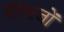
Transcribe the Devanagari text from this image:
दरवजों